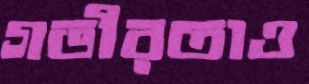
গভীরতাও